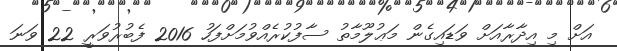
އަށް މި އިދާރާއަށް ވަޑައިގެން މަޢުލޫމާތު ސާފުކުރެއްވުމަށްފަހު 2016 ފެބުރުވަރީ 22 ވަނަ